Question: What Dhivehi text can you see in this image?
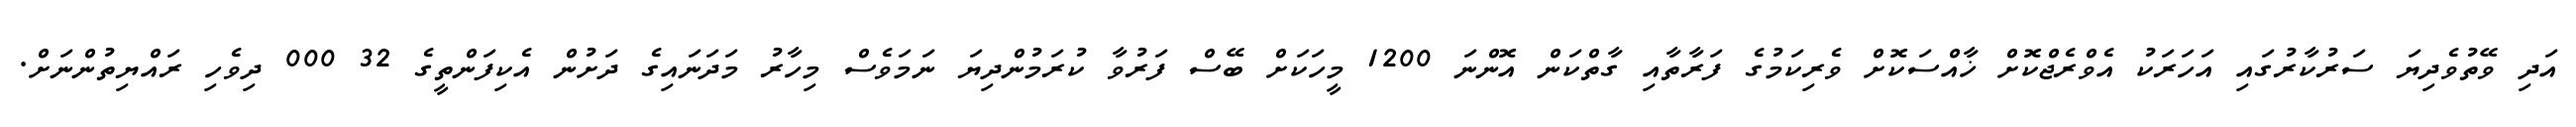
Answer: އަދި ވޭތުވެދިޔަ ސަރުކާރުގައި އަހަރަކު އެވްރެޖްކޮށް ޚާއްސަކޮށް ވެރިކަމުގެ ފަރާތާއި ގާތްކަން އޮންނަ 1200 މީހަކަށް ބޭސް ފަރުވާ ކުރަމުންދިޔަ ނަމަވެސް މިހާރު މަދަނައިގެ ދަށުން އެކިފަންތީގެ 32 000 ދިވެހި ރައްޔިތުންނަށް.